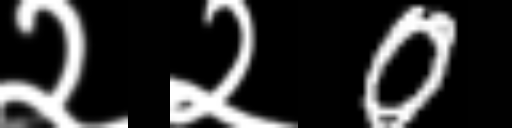
Text: २२0